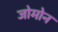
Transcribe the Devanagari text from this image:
जोमोन